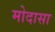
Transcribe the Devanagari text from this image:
मोदासा